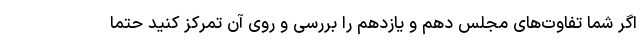
اگر شما تفاوت‌های مجلس دهم و یازدهم را بررسی و روی آن تمرکز کنید حتماً